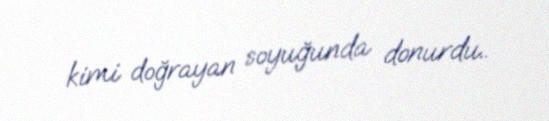
kimi doğrayan soyuğunda donurdu..